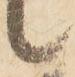
候